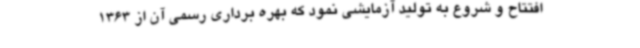
افتتاح و شروع به تولید آزمایشی نمود که بهره برداری رسمی آن از 1363